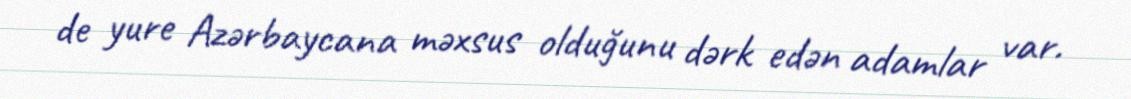
de yure Azərbaycana məxsus olduğunu dərk edən adamlar var.